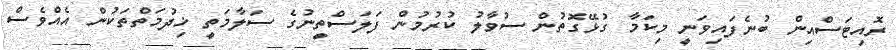
ރޮއިޓަސްއިން ބުނެފައިވަނީ މިކަމާ ގުޅޭގޮތުން ސުވާލު ކުރުމުން ފަލަސްތީނުގެ ސަލާމަތީ ޚިދުމަތްތަކުން އެއްވެސް